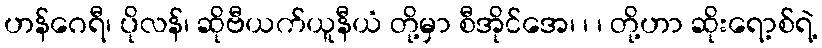
ဟန်ဂေရီ၊ ပိုလန်၊ ဆိုဗီယက်ယူနီယံ တို့မှာ စီအိုင်အေ၊ ၊ ၊ တို့ဟာ ဆိုးရော့စ်ရဲ့